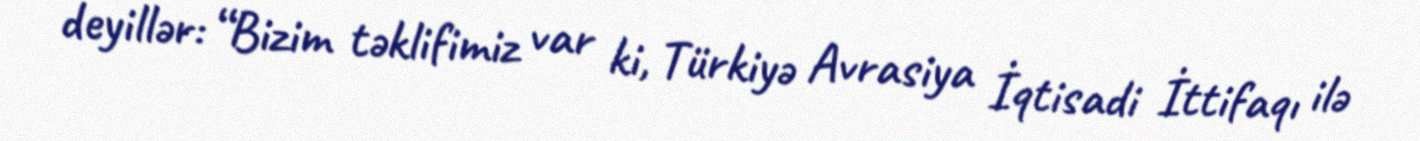
deyillər: “Bizim təklifimiz var ki, Türkiyə Avrasiya İqtisadi İttifaqı ilə